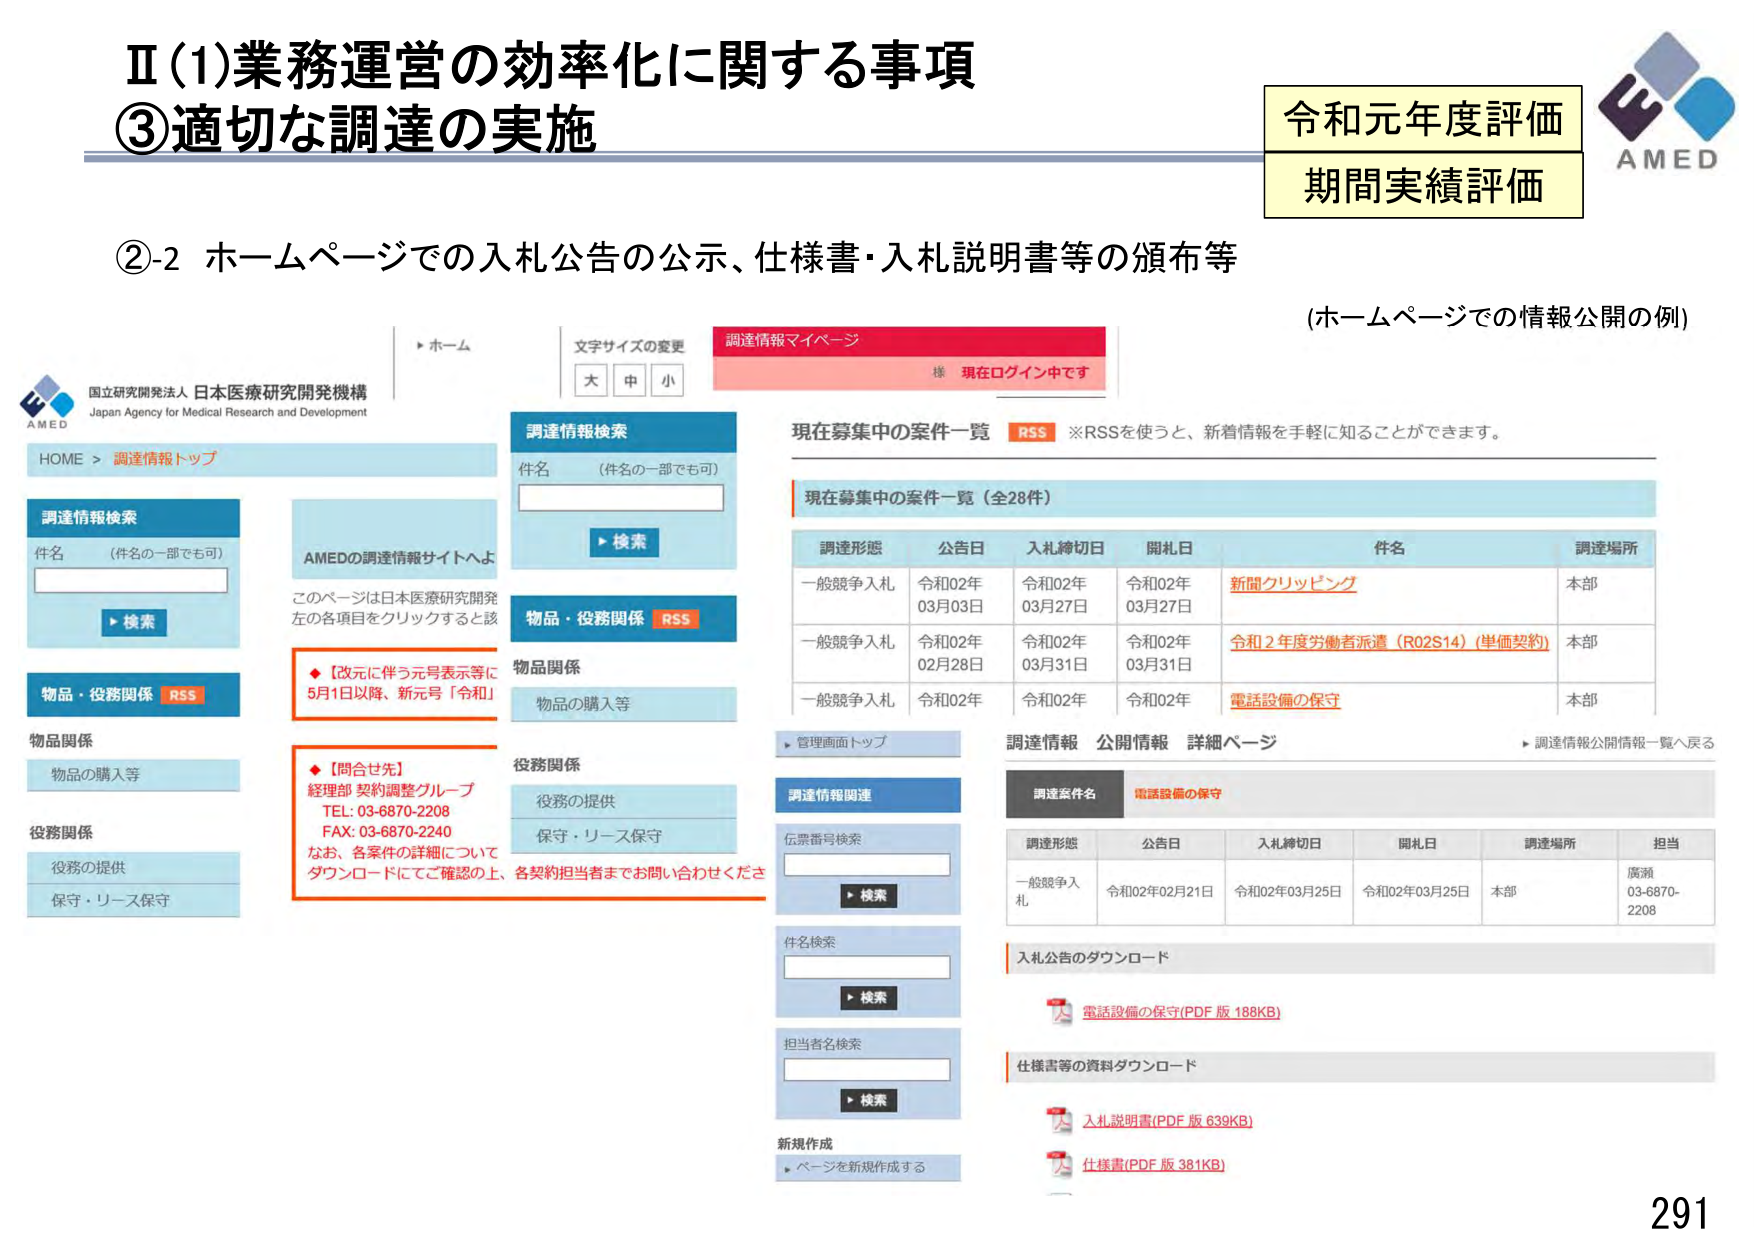
Ⅱ(1)業務運営の効率化に関する事項
③適切な調達の実施

令和元年度評価
期間実績評価

②-2 ホームページでの入札公告の公示、仕様書・入札説明書等の頒布等

(ホームページでの情報公開の例)

▶ホーム
文字サイズの変更
大 中 小

調達情報マイページ
様 現在ログイン中です

国立研究開発法人 日本医療研究開発機構
Japan Agency for Medical Research and Development
AMED

HOME > 調達情報トップ

調達情報検索
件名 （件名の一部でも可）
▶検索

物品・役務関係 RSS
物品関係
物品の購入等

役務関係
役務の提供
保守・リース保守

AMEDの調達情報サイトへようこそ
このページは日本医療研究開発機構の各項目をクリックすると該当ページに移動します。

◆【改元に伴う元号表示等について】
5月1日以降、新元号「令和」に変更

◆【問合せ先】
経理部 契約調整グループ
TEL: 03-6870-2208
FAX: 03-6870-2240
なお、各案件の詳細についてダウンロードにてご確認の上、各契約担当者までお問い合わせください。

調達情報検索
件名 （件名の一部でも可）
▶検索

物品・役務関係 RSS
物品関係
物品の購入等

役務関係
役務の提供
保守・リース保守

現在募集中の案件一覧 RSS
※RSSを使うと、新着情報を手軽に知ることができます。

現在募集中の案件一覧（全28件）

調達形態 公告日 入札締切日 開札日 件名 調達場所
一般競争入札 令和02年03月03日 令和02年03月27日 令和02年03月27日 新聞クリッピング 本部
一般競争入札 令和02年02月28日 令和02年03月31日 令和02年03月31日 令和2年度労働者派遣（R02S14）（単価契約） 本部
一般競争入札 令和02年 令和02年 令和02年 電話設備の保守 本部

▶管理画面トップ

調達情報 公開情報 詳細ページ
▶調達情報公開情報一覧へ戻る

調達情報関連
伝票番号検索
▶検索

件名検索
▶検索

担当者名検索
▶検索

新規作成
▶ページを新規作成する

調達案件名 電話設備の保守

調達形態 公告日 入札締切日 開札日 調達場所 担当
一般競争入札 令和02年02月21日 令和02年03月25日 令和02年03月25日 本部 廣瀬 03-6870-2208

入札公告のダウンロード
電話設備の保守(PDF版 188KB)

仕様書等の資料ダウンロード
入札説明書(PDF版 639KB)
仕様書(PDF版 381KB)

291